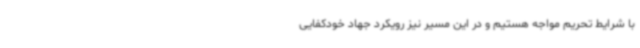
با شرایط تحریم مواجه هستیم و در این مسیر نیز رویکرد جهاد خودکفایی